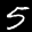
Label: 5